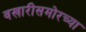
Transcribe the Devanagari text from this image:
वखारीसमोरच्या